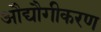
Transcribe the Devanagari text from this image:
औद्यौगीकरण